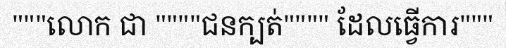
"""លោក ជា """"ជនក្បត់"""" ដែលធ្វើការ"""